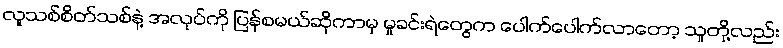
လူသစ်စိတ်သစ်နဲ့ အလုပ်ကို ပြန်စမယ်ဆိုကာမှ မှုခင်းရဲတွေက ပေါက်ပေါက်လာတော့ သူတို့လည်း